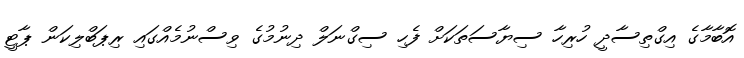
އޮބާމާގެ އިގްތިސާދީ ހުރިހާ ސިޔާސަތަކަށް ފެހި ސިގްނަލް ދިނުމުގެ ވިސްނުމެއްގައި ރިޕަބްލިކަން ޕާޓީ